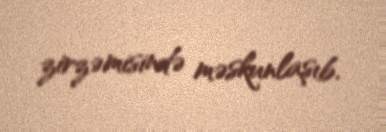
zirzəmisində məskunlaşıb.